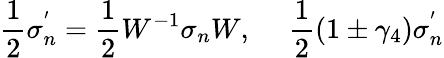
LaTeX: \frac{1}{2}\sigma_{n}^{'}=\frac{1}{2}W^{-1}\sigma_{n}W,~~~~~\frac{1}{2}(1\pm\gamma_{4})\sigma_{n}^{'}